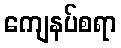
ကျေနပ်စရာ